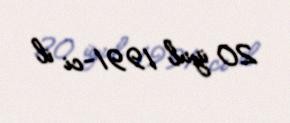
20 iyul 1991-ci il